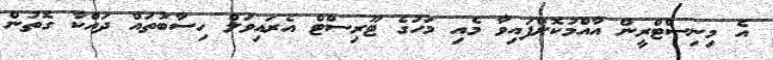
އެ މިނިސްޓްރީން އާއްމުކޮށްފައިވާ މެއި މަހުގެ ޓޫރިސްޓް އެރައިވަލް ހިސާބުތައް ދައްކާ ގޮތުން